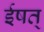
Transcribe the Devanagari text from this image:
ईषत्‌